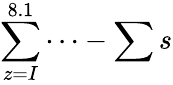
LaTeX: \sum\limits_{z=I}^{8.1}\cdots-\sum s